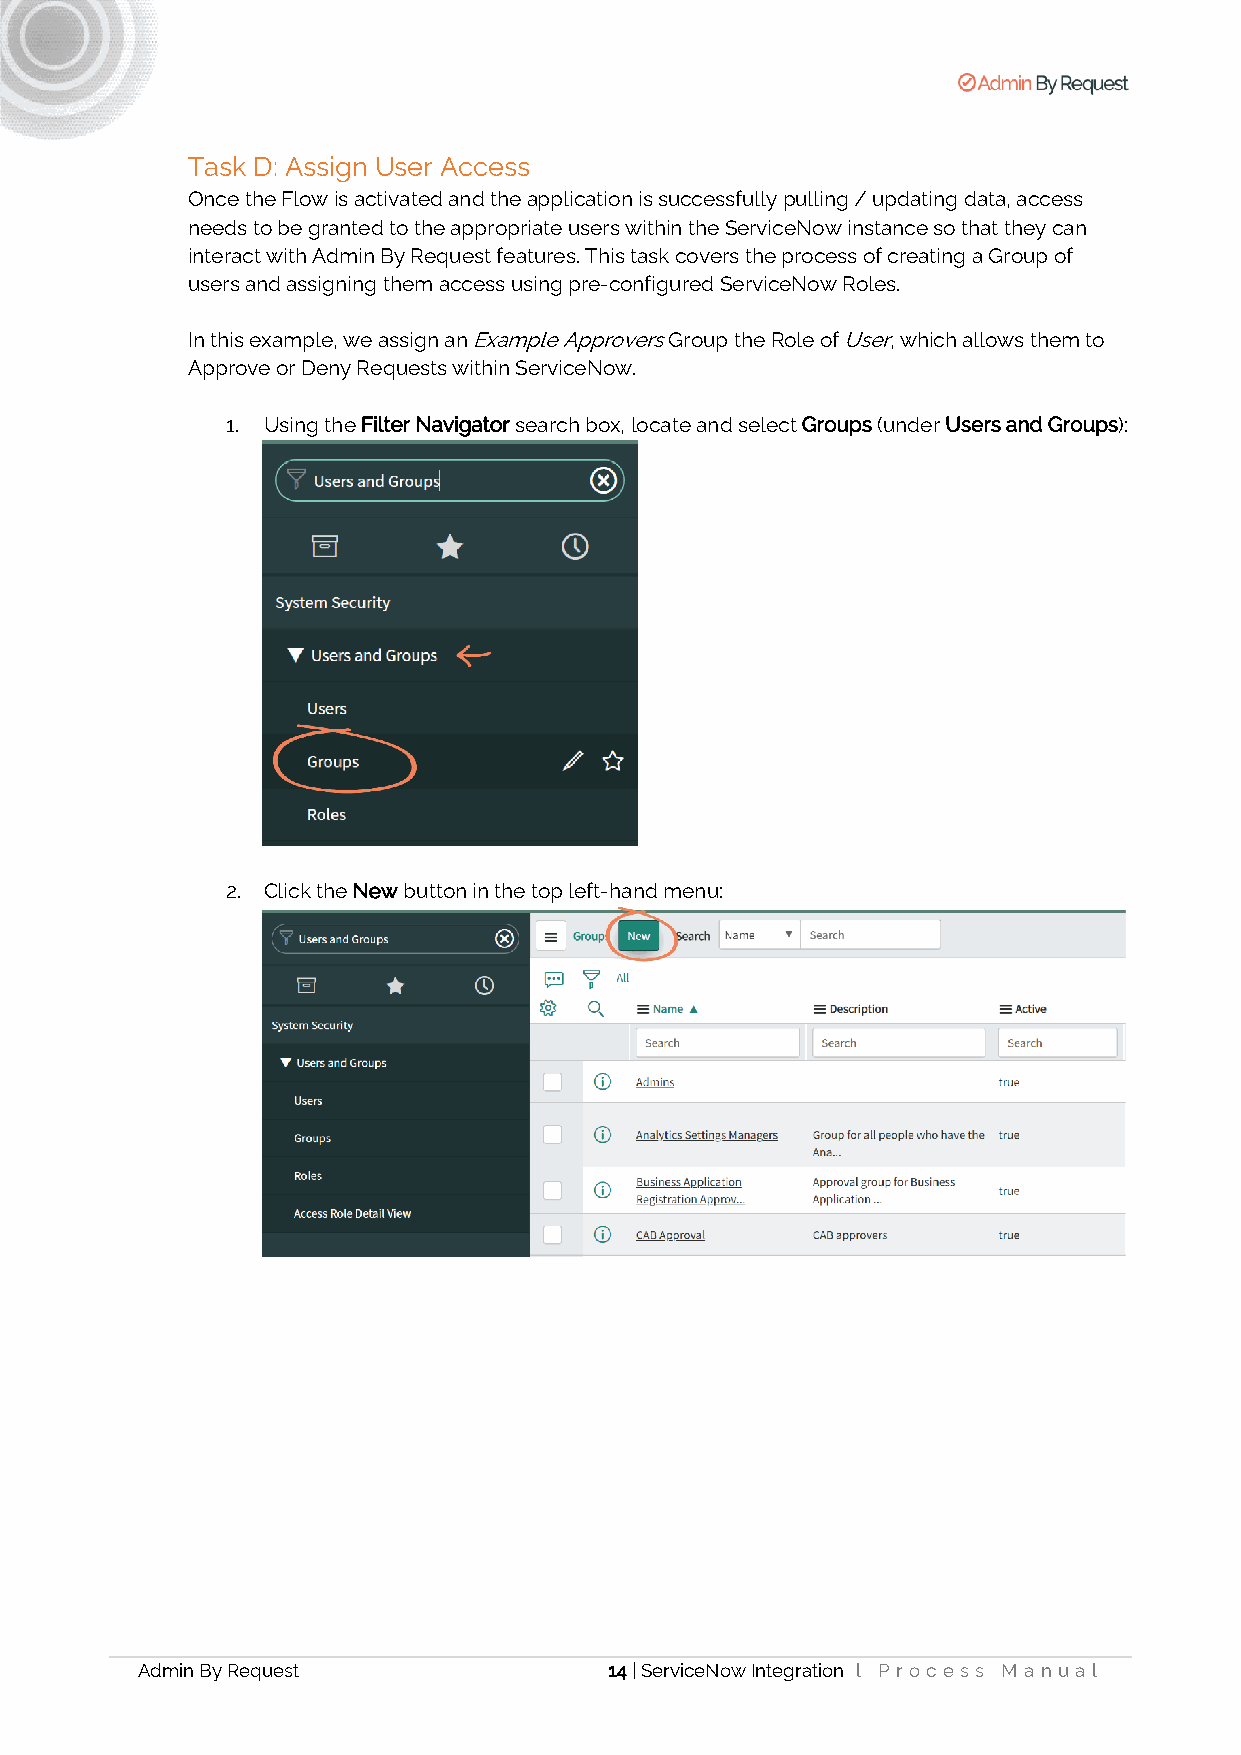
Task D: Assign User Access
 Once the Flow is activated and the application is successfully pulling / updating data, access
 needs to be granted to the appropriate users within the ServiceNow instance so that they can
 interact with Admin By Request features. This task covers the process of creating a Group of
 users and assigning them access using pre-configured ServiceNow Roles.
 In this example, we assign an Example Approvers Group the Role of User, which allows them to
 Approve or Deny Requests within ServiceNow.
 1. Using the Filter Navigator search box, locate and select Groups (under Users and Groups):
 2. Click the New button in the top left-hand menu:
 Admin By Request               14 | ServiceNow Integration l Pr oces s M a nua l